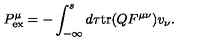
{ P } _ { \mathrm { e x } } ^ { \mu } = - \int _ { - \infty } ^ { s } d \tau \mathrm { t r } ( Q F ^ { \mu \nu } ) v _ { \nu } .